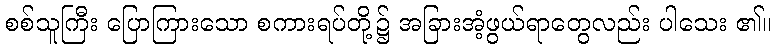
စစ်သူကြီး ပြောကြားသော စကားရပ်တို့၌ အခြားအံ့ဖွယ်ရာတွေလည်း ပါသေး ၏။